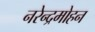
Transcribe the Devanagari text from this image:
नरेन्द्रमोहन